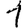
Digit: 1